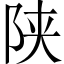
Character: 陕